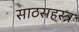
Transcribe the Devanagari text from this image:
साठसहस्त्र